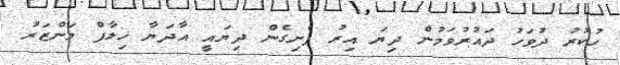
ހުކުރު ދުވަހު ދައުރުވަމުން ދިޔަ އިރު ފެނިގެން ދިޔައީ އާދަޔާ ޚިލާފް މަންޒަރު